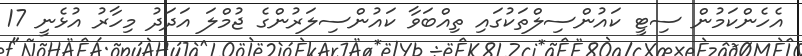
އެހެންކަމުން ސިޓީ ކައުންސިލްތަކުގައި ތިއްބަވާ ކައުންސިލަރުންގެ ޖުމްލަ އަދަދު މިހާރު އުޅެނީ 17